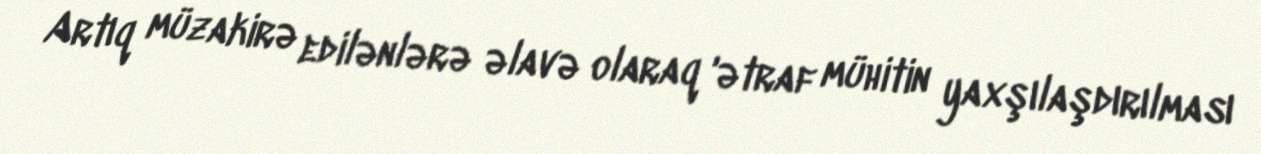
Artıq müzakirə edilənlərə əlavə olaraq 'ətraf mühitin yaxşılaşdırılması